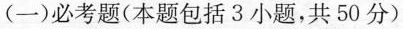
(一)必考题(本题包括3小题，共50分)